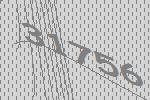
31756